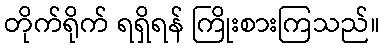
တိုက်ရိုက် ရရှိရန် ကြိုးစားကြသည်။